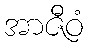
အာဇီဝံ